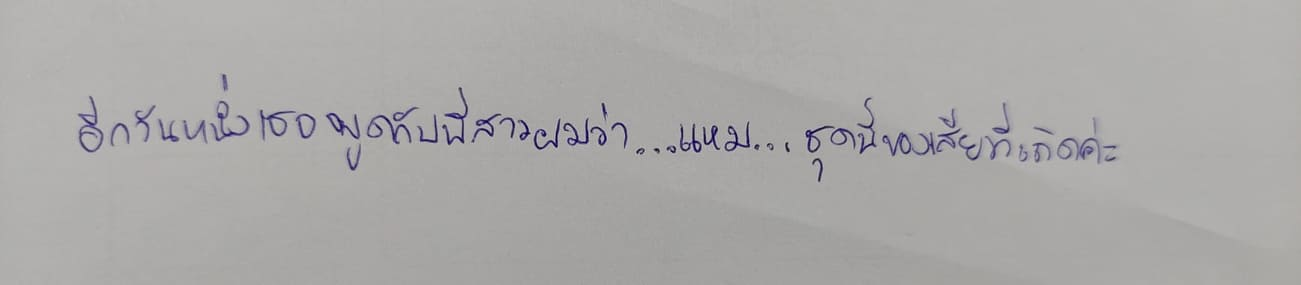
อีกวันหนึ่งเธอพูดกับพี่สาวผมว่า...แหม...ชุดนี้ของเสียทีเถิดค่ะ